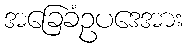
အခြေခံဥပဒေအား